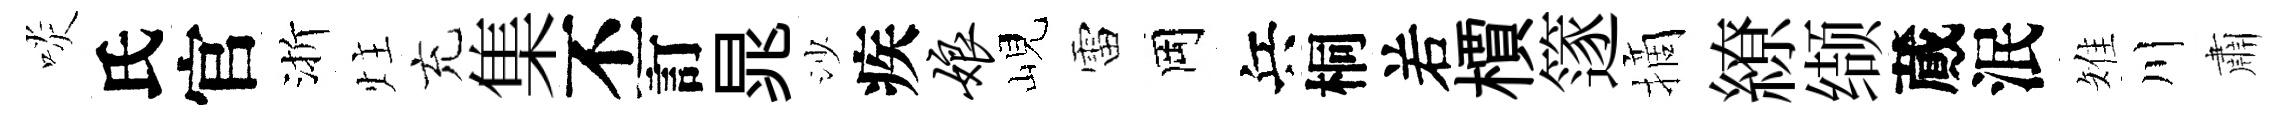
啖氏官渐炷充集丕訂晁沙疾娘峴雷岡兵桐𠰥檟篴摘繚缬蕆泯雉川肅